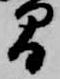
間